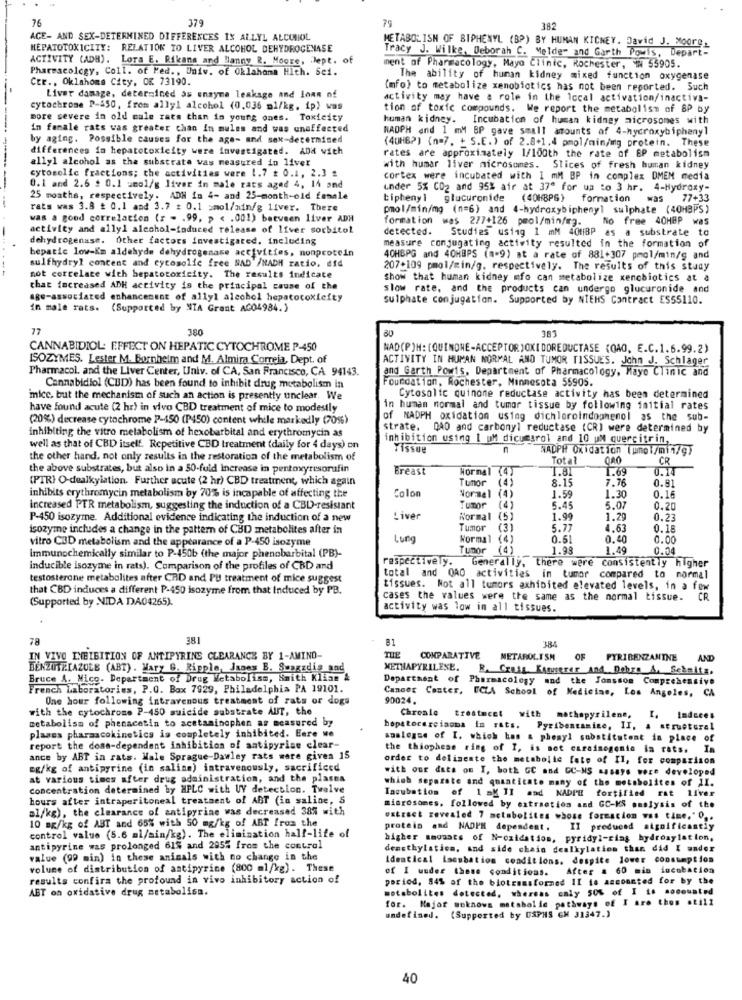
76
379
79
382
ACE- AND SEX-DETERMINED DIFFERENCES IN ALLYL ALCOHOL
HEPATOTOXICITY: RELATION TO LIVER ALCOHOL DEHYDROGENASE
METABOLISM OF BIPHENYL (BP) BY HUMAN KICNEY. David J. Moore_
Tracy J. Wilke, Deborah C. Melde" and Garth Powis, Depart-
ACTIVITY (ADH). LoTa E. Rikans and Manny R. Moore, Dept. of
Pharmacology, Coll. of Ped ., Univ. of Oklahoma Hlth. Sei.
ment of Pharmacology, Mayo Clinic, Rochester, 1 55905.
Ctr ., Oklahoma City, OK 73190.
The ability of human kidney mixed function oxygenase
(mfo) to metabolize xenobiotics has not been reported. Such
Liver damage, determined as unayme leakage and lonn nf
activity may have a role in the local activation/inactiva-
cytochrome P-450, from allyl alcohol (0,036 ml/kg. ip) was
tion of toxic compounds. We report the metabolism of BP by
more severe in old cale rats than in young ones. Toxicity
human kidney. Incubation of human kidney microsomes with
in famale rats was greater than In mules and was unaffected
NADPH and 1 mM BP gave small amounts af 4-hydroxybiphenyl
by aging. Possible causes for the age- and sex-determined
(4UHB2) (n=7. + S.E.) of 2.8+1.4 pmol/min/mng protein. These
differences in hepatotoxicity were investigated. ADH with
allyl alcohol as the substrate was measured in liver
rates are approximately 1/100th the rate of EP metabolism
with humar liver microsomes. Slices of fresh human kidney
cytosolic fractions; the activities were 1.7 # 0.1, 2.3 #
cortex were incubated with I mM BP in complex DMEM media
0.1 and 2.6 . 0.1 umol/g liver in male rats aged 4, 14 and
under 5% CO2 and 95% air at 37ª for ua to 3 hr. 4-Hydroxy-
25 months, respectively. ADH in 4- and 25-month-old female
bipheny1 glucuronide (40MBPS) formation was 77+33
rats was 3.8 £ 0.1 and 3.7 # 0.1 ;mol/min/g liver. There
pmol/min/mg (n=6) and 4-hydroxybiphenyl sulphate (40HBPS)
was a good correlation (r - . 99, p < . 001) between liver ADH
formation was 277+126 pmol/min/mg.
No free 40HBP
was
-
activity and allyl alcohol-induced release of liver sorbitol
detected.
Studies using 1 mM 4018P as a substrate to
dehydrogenase. Other factors investigated. including
bepatic low-Km aldehyde dehydrogenase activities, nonprotein
measure conjugating activity resulted in the formation of
sulfhydryl content and cytosolic free NAD /NADH ratio, did
40HBPG and 40MBPS (a=9) at a rate of 881+307 pmol/min/g and
207+109 pmol/min/g. respectively. The results of this study
not correlate with hepatotoxicity. The results indicate
Show that human kidney mfo can metabolize xenobiotics at a
that increased ADH activity is the principal cause of the
slow rate, and the products can undergo glucuronide and
age-associated enhancement of allyl alcohol hepatotoxicity
sulphate conjugation. Supported by NIEHS Contract ES55110.
in male rats. (Supported by WTA Grant AGO4984.)
77
380
383
CANNABIDIOL: EFFECT ON HEPATIC CYTOCHROME P-450
NAD(P)H:[QUINONE-ACCEPTOR JOKI DOREDUCTASE (QAO, E.C.1.6.99.2)
ISOZYMES. Lester M. Bornheim and M. Almira Correia, Dept. of
ACTIVITY IN HUMAN NORMAL AND TUMOR TISSUES. John J. Schlager
Pharmacol. and the Liver Center, Univ. of CA, San Francisco, CA 94143.
and Garth Powis, Department of Pharmacology, Mayo Clinic and
Foundation, Rochester, Minnesota 55905.
Cannabidiol (CBD) has been found to inhibit drug metabolism in
mice, but the mechanism of such an action is presently unclear. We
Cytosolte quinone reductase activity has been determined
have found acute (2 hr) in vivo CBD treatment of mice to modestly
in human normal and tumor tissue by following faitial rates
(20%) decrease cytochrome P-450 (P450) content while markedly (70%)
of NADPH oxidation using dichloroindounenol as the sub-
inhibiting the vitro metabolism of hexobarbital and erythromycin as
strate. QAD and carbonyl reductase (CR) were determined by
inhibition using 1 uM dicusgrol and 10 uM quercitrin,
anssur
well as that of CBD itself. Repetitive CBD treatment (daily for 4 days) on
NADPH Oxidation (uno /mi1/g)
the other hand, not only results in the restoration of the metabolism of
Total
CR
the above substrates, but also in a 50-fuld Increase in pentoxyresorufin
Breast
Normal (4)
1.81
1.69
0.14
(PIRI O-dealkyiation. Further acute (2 hr) CBD treatment, which again
Tumor
(4)
8.15
0.81
Colon
7.76
inhibits erythromycin metabolism by 70% is incapable of affecting the
Normal
(4)
1.59
1.30
0.1
increased PTR metabolism, suggesting the induction of a CBD-resistant
Tutor
(4)
5.45
5.07
0.20
P-450 isozyme. Additional evidence indicating the induction of a new
giver
Normal
(5)
1.99
1.29
0.2
isozyme includes a change in the pattern of CBD metabolites after in
Tumor
(3)
5.77
4.63
0.18
vitro CBD metabolism and the appearance of a P-450 isozyme
Lung
Normal
(4)
0.6
0.40
0.00
Tumor
(4)
1.98
1.49
0.04
Immunochemically similar to P-450b (the major phenobarbital (PB)-
respectively.
Generally, there were
Consistently higher
inducible isozyme in rats). Comparison of the profiles of CBD and
testosterone metabolites after CRD and PU treatment of mice suggest
total and QAO activities in tumor compared to normal
that CBD induces a different P-450 isozyme from that Induced by PB.
tissues. Not all tumors exhibited elevated levels, in a few
(Supported by NIDA DA04265).
cases the values were the same as the normal tissue. CR
activity was low in all tissues.
78
381
81
38
IN VIVO INHIBITION OF ANTIPYRING CLEARANCE BY 1-AMINO-
THE
COMPARATIVE
METABOLISM
OF
PYRIBENZANTNE
AND
BENZUTE.[AZULE (ABT). Mary G. Ripple, Janes B. Suagadis and
METHAPYRILENE. R. Crats Kamuserer and Dobro A. Schmitz,
Bruce A. Mico. Department of Drug Metabolism, Smith Kline
Department of Pharmacology and the Jonsson Comprehensive
French Laboratories, P.O. Box 7929, Philadelphia PA 19101.
Cancer Center, UCLA School of Medicine, Los Angeles, CA
One hour following intravenous treatment of rats or dogs
90024.
with the cytochrome P-450 suicide substrate AUT, the
metabolism of phenacetin to acetaminophen as measured by
Chroale trestmeet with mathepysilene, I.
Indeces
plasss pharmacokinetics is completely inhibited. Eare we
bopatocarcinoma in rats. Pyribontamine, II, a structural
analogse of I. which has & phenyl substitutent in place of
report the dome-dependent inhibition of antipyrise clear-
the thiophess ring of I, is not carcinogenic in rats. In
ance by ABT in rats. Male Sprague-Dawley rats were given 15
order to delimente the metabolic fate of Il, for comparison
eg/kg of antipyrine (in salias) intravenously, sacrificed
with our dats on I, both GC and CC-NS masays were developed
at various times after drug administration, and the plasma
which separate and quantitate many of the metabolites of Il.
Concentration determined by HPLC with U detection. Twelve
hours after intraperitoneal treatment of ANT (in saline, 5
Tacubation of 1 =K II and NADIE fortified rat liver
al/kg), the elmarance of antipyrine was decreased 387 with
microsomes. followed by extraction and GC-MS omolysis of the
wstract revealed 7 metabolites whose formacion was time," O ..
10 mg/kg of ABT and 65% with 50 mg/kg of ABT from the
protein and NADPH dependent .
II preduced significantly
control value (5.6 ml/min/kg). The elimination half-life of
higher amounts of N-oxidation, pyridyl-ring hydrosylation,
antipyrine was prolonged 61% and 2955 from the control
densthylation, and side chain dealkylation than did I under
value (99 min) in these animals with no change in the
Identical Isesbation conditions. despite lower consumption
volume of distribution of antipyrine (800 ml/kg). These
of I under these conditions.
After = 60 mio incubation
results confira the profound in vivo inhibitory action of
period, 84% of the blotransformed II is accounted for by the
ABT on oxidative drug metabolisa.
metabolites detected, whereas caly 50% of I is socounted
for. Major meknowa metabolic pathways of I aro thos still
undefined. (Supported by USPHS CM 31347.)
40